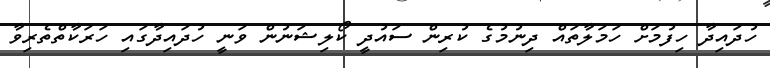
ހުދައިދާ ހިފުމަށް ހަމަލާތައް ދިނުމުގެ ކުރިން ސައުދީ ކޯލިޝަނުން ވަނީ ހުދައިދާގައި ހަރަކާތްތެރިވާ